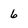
Character: 6